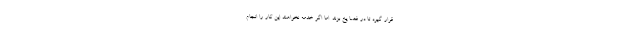
قرار گیرد تا در فضا یخ بزند. اما اگر خدمه نخواهند این کار را انجام